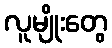
လူမျိုးတွေ